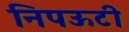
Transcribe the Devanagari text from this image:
निपऊटी